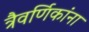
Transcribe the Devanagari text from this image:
त्रैवर्णिकांना